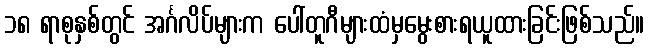
၁၈ ရာစုနှစ်တွင် အင်္ဂလိပ်များက ပေါ်တူဂီများထံမှမွေးစားရယူထားခြင်းဖြစ်သည်။